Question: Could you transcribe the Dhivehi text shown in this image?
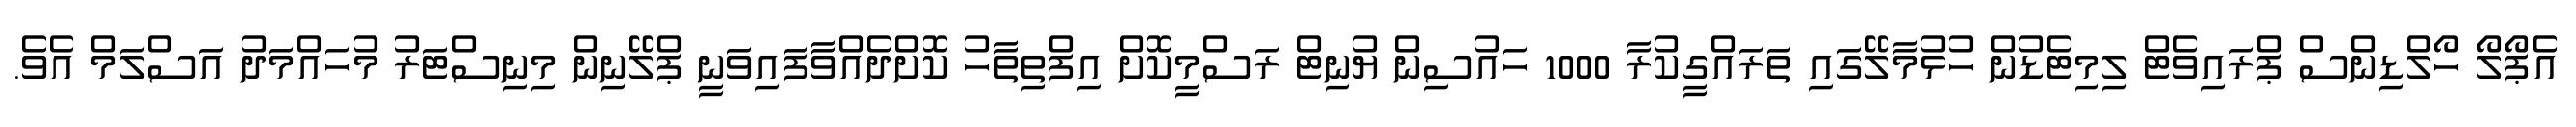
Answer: އެޕޯލޯ ހޯލްޑިންސް ޕްރައިވެޓް ލިމިޓެޑުން ހުޅުމާލޭގައި ތަރައްގީކުރާ 1000 ހައުސިން ޔުނިޓް ރަސްމީކޮށް އިފްތިތާހު ކޮށްދެއްވާފައިވަނީ ޕްލޭނިން މިނިސްޓަރު މުހައްމަދު އަސްލަމް އެވެ.